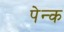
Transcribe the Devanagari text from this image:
पेन्क